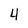
Character: 4